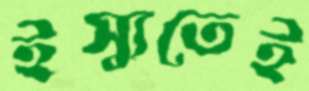
ইস্যুতেই